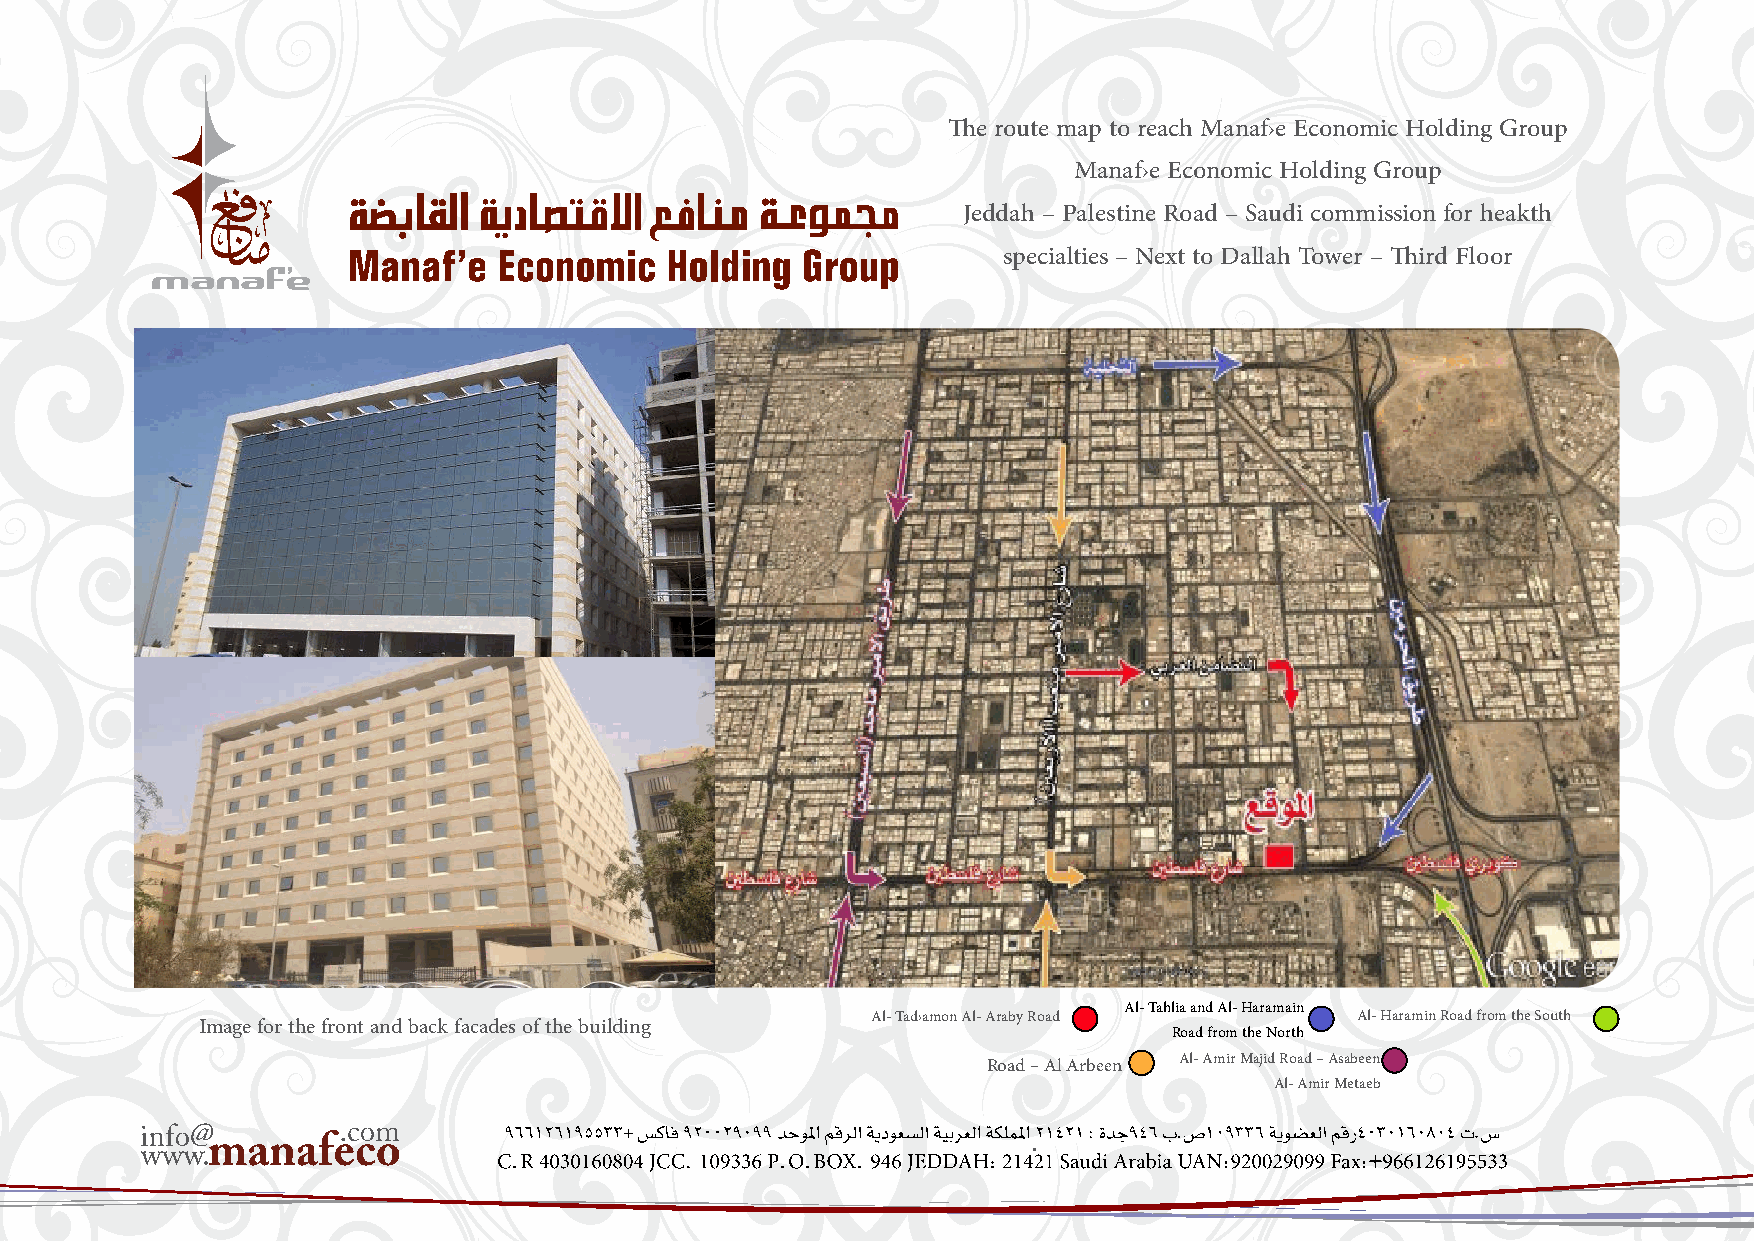
The route map to reach Manaf›e Economic Holding Group
 Manaf›e Economic Holding Group
 Jeddah – Palestine Road – Saudi commission for heakth
 specialties – Next to Dallah Tower – Third Floor
 Al- Tahlia and Al- Haramain
 Al- Tad›amon Al- Araby Road     Al- Haramin Road from the South
 Image for the front and back facades of the building
 Road from the North
 Road – Al Arbeen Al- Amir Majid Road – Asabeen
 Al- Amir Metaeb